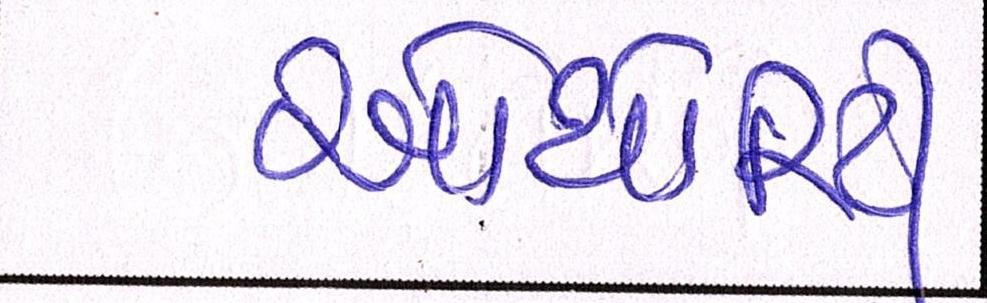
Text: ઓથોરિટી